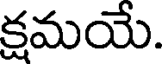
క్షమయే.